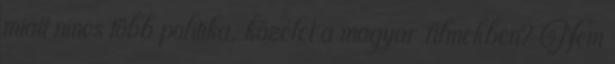
miatt nincs több politika, közélet a magyar filmekben? Nem